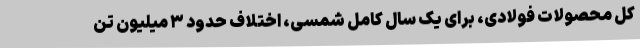
کل محصولات فولادی، برای یک سال کامل شمسی، اختلاف حدود ۳ میلیون تن